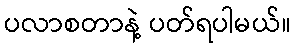
ပလာစတာနဲ့ ပတ်ရပါမယ်။